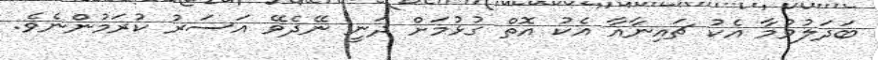
ބަދަލުވުމާ އެކު ޗައިނާއާ އެކު އޮތް ގުޅުމަށް ދަނީ ނޭދެވޭ އަސަރު ކުރަމުންނެވެ.